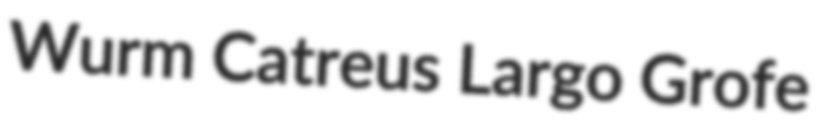
Wurm Catreus Largo Grofe